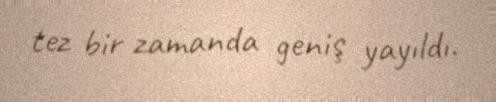
tez bir zamanda geniş yayıldı.